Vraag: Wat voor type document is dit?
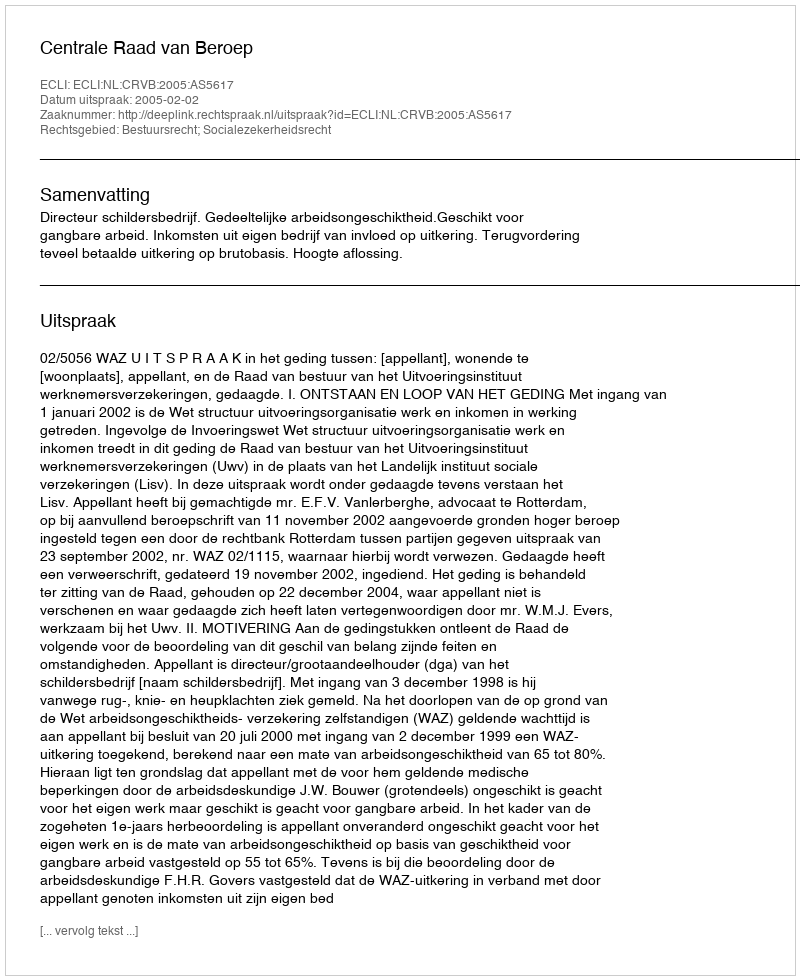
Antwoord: Uitspraak